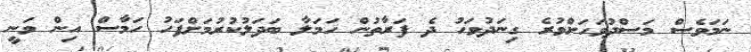
ނަމަވެސް މަސްދުވަހަށްވުރެ ގިނަދުވަހު ދެ ފަރާތުން ހަމަލާ ބަދަލުކުރުމަށްފަހު ހަމާސް އިން ވަނީ